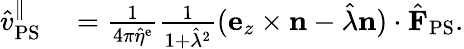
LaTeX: \begin{array}{rl}{\hat{v}_{\mathrm{PS}}^{\| }}&{{}=\frac{1}{4\pi\hat{\eta}^{\mathrm{e}}}\frac{1}{{1+\hat{\lambda}^{2}}}(\mathbf{e}_{z}\times\mathbf{n}-\hat{\lambda}\mathbf{n})\cdot\hat{\mathbf{F}}_{\mathrm{PS}}.}\end{array}